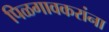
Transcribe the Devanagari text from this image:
पिळगावकरांना